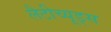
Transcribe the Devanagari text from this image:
लैटीच्यूड्स